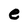
Character: e